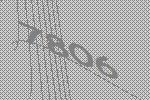
7806